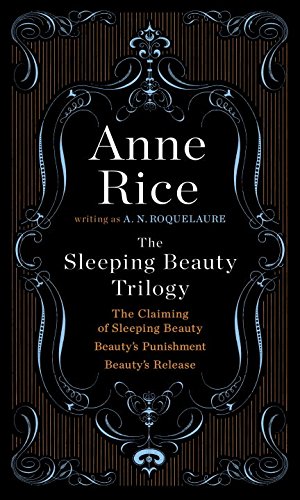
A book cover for Sleeping Beauty Trilogy Box Set; A. N. Roquelaure; Romance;